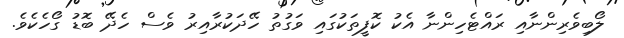
ލޯބިވެރިންނާއި ރައްޓެހިންނާ އެކު ކޮފީތަކުގައި ވަގުތު ހޭދަކުރާއިރު ވެސް ހެދޭ ބޮޑު ގޯހެކެވެ.